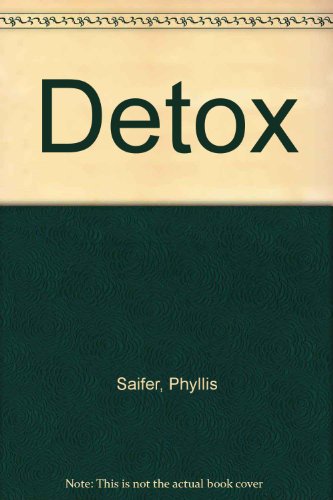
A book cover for Detox; Phyllis Saifer; Health, Fitness & Dieting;